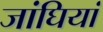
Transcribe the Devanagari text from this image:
जांघियां